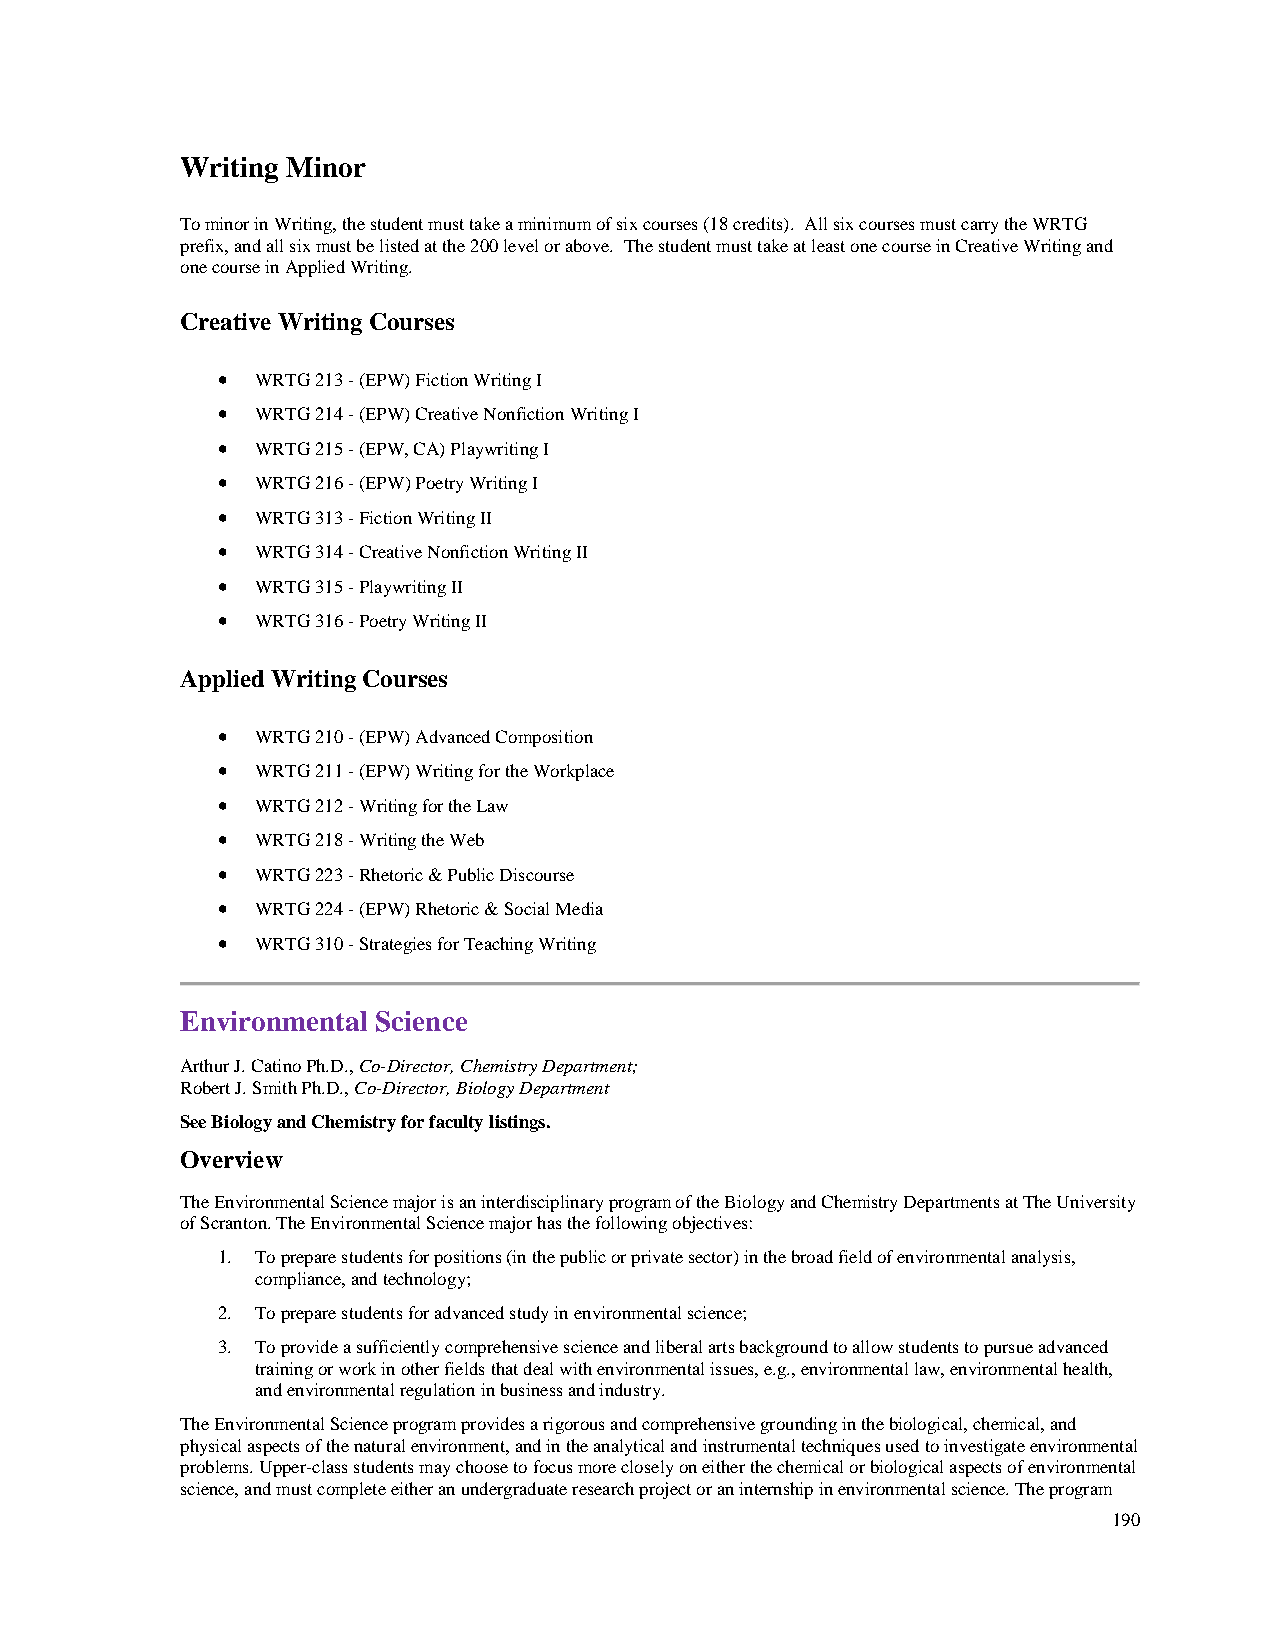
Writing Minor
 To minor in Writing, the student must take a minimum of six courses (18 credits). All six courses must carry the WRTG
 prefix, and all six must be listed at the 200 level or above. The student must take at least one course in Creative Writing and
 one course in Applied Writing.
 Creative Writing Courses
 •  WRTG 213 - (EPW) Fiction Writing I
 •  WRTG 214 - (EPW) Creative Nonfiction Writing I
 •  WRTG 215 - (EPW, CA) Playwriting I
 •  WRTG 216 - (EPW) Poetry Writing I
 •  WRTG 313 - Fiction Writing II
 •  WRTG 314 - Creative Nonfiction Writing II
 •  WRTG 315 - Playwriting II
 •  WRTG 316 - Poetry Writing II
 Applied Writing Courses
 •  WRTG 210 - (EPW) Advanced Composition
 •  WRTG 211 - (EPW) Writing for the Workplace
 •  WRTG 212 - Writing for the Law
 •  WRTG 218 - Writing the Web
 •  WRTG 223 - Rhetoric & Public Discourse
 •  WRTG 224 - (EPW) Rhetoric & Social Media
 •  WRTG 310 - Strategies for Teaching Writing
 Environmental Science
 Arthur J. Catino Ph.D., Co-Director, Chemistry Department;
 Robert J. Smith Ph.D., Co-Director, Biology Department
 See Biology and Chemistry for faculty listings.
 Overview
 The Environmental Science major is an interdisciplinary program of the Biology and Chemistry Departments at The University
 of Scranton. The Environmental Science major has the following objectives:
 1. To prepare students for positions (in the public or private sector) in the broad field of environmental analysis,
 compliance, and technology;
 2. To prepare students for advanced study in environmental science;
 3. To provide a sufficiently comprehensive science and liberal arts background to allow students to pursue advanced
 training or work in other fields that deal with environmental issues, e.g., environmental law, environmental health,
 and environmental regulation in business and industry.
 The Environmental Science program provides a rigorous and comprehensive grounding in the biological, chemical, and
 physical aspects of the natural environment, and in the analytical and instrumental techniques used to investigate environmental
 problems. Upper-class students may choose to focus more closely on either the chemical or biological aspects of environmental
 science, and must complete either an undergraduate research project or an internship in environmental science. The program
 190